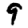
Digit: 9